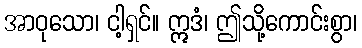
အာဝုသော၊ ငါ့ရှင်။ ဣဒံ၊ ဤသို့ကောင်းစွာ၊